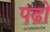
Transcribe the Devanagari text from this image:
पढो